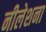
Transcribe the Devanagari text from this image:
नीलेशना